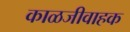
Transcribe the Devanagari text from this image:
काळजीवाहक